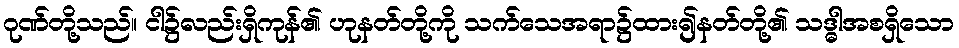
ဂုဏ်တို့သည်။ ငါ၌လည်းရှိကုန်၏ ဟုနတ်တို့ကို သက်သေအရာ၌ထား၍နတ်တို့၏ သဒ္ဓါအစရှိသော